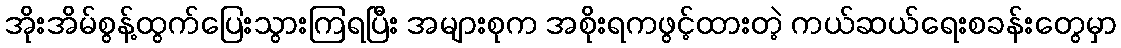
အိုးအိမ်စွန့်ထွက်ပြေးသွားကြရပြီး အများစုက အစိုးရကဖွင့်ထားတဲ့ ကယ်ဆယ်ရေးစခန်းတွေမှာ